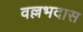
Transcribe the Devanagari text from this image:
वल्लभदास